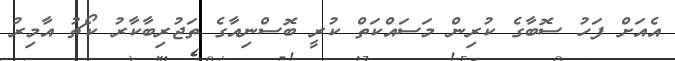
އެއަށް ފަހު ސޮބާގެ ކުރިން މަސައްކަތް ކުރީ ބޮސްނިއާގެ ތަޖުރިބާކާރު ކޯޗު އާމިރު